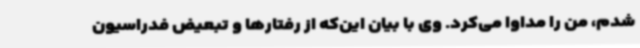
شدم، من را مداوا می‌کرد. وی با بیان این‌که از رفتارها و تبعیض فدراسیون